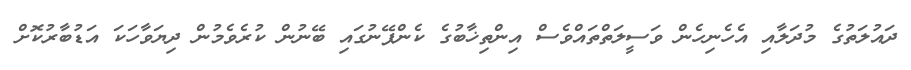
ދައުލަތުގެ މުދަލާއި އެހެނިހެން ވަސީލަތްތައްވެސް އިންތިޚާބުގެ ކެންޕޭނުގައި ބޭނުން ކުރެވެމުން ދިޔަވާހަކަ އަޑުބާރުކޮށް